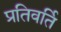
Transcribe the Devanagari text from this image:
प्रतिवर्ति